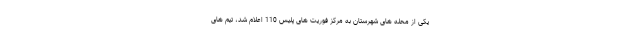
یکی از محله های شهرستان به مرکز فوریت های پلیس 110 اعلام شد، تیم های